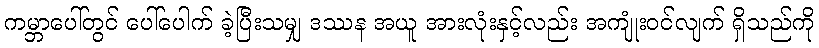
ကမ္ဘာပေါ်တွင် ပေါ်ပေါက် ခဲ့ပြီးသမျှ ဒဿန အယူ အားလုံးနှင့်လည်း အကျုံးဝင်လျက် ရှိသည်ကို